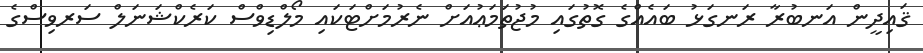
ޤައިދީން އަނބުރާ ރަނގަޅު ބައެއްގެ ގޮތުގައި މުޖުތަމަޢުއަށް ނެރުމަށްޓަކައި މޯލްޑިވްސް ކަރެކްޝަނަލް ސަރވިސްގެ